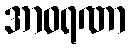
အာဝရဏာ